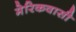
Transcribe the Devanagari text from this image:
मेरिकवासी